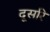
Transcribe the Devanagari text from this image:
दूसरि